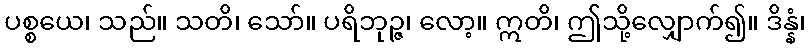
ပစ္စယေ၊ သည်။ သတိ၊ သော်။ ပရိဘုဉ္ဇ၊ လော့။ ဣတိ၊ ဤသို့လျှောက်၍။ ဒိန္နံ၊